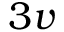
3 v